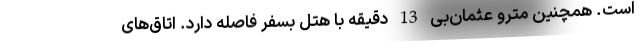
است. همچنین مترو عثمان‌بی 13 دقیقه با هتل بسفر فاصله دارد. اتاق‌های